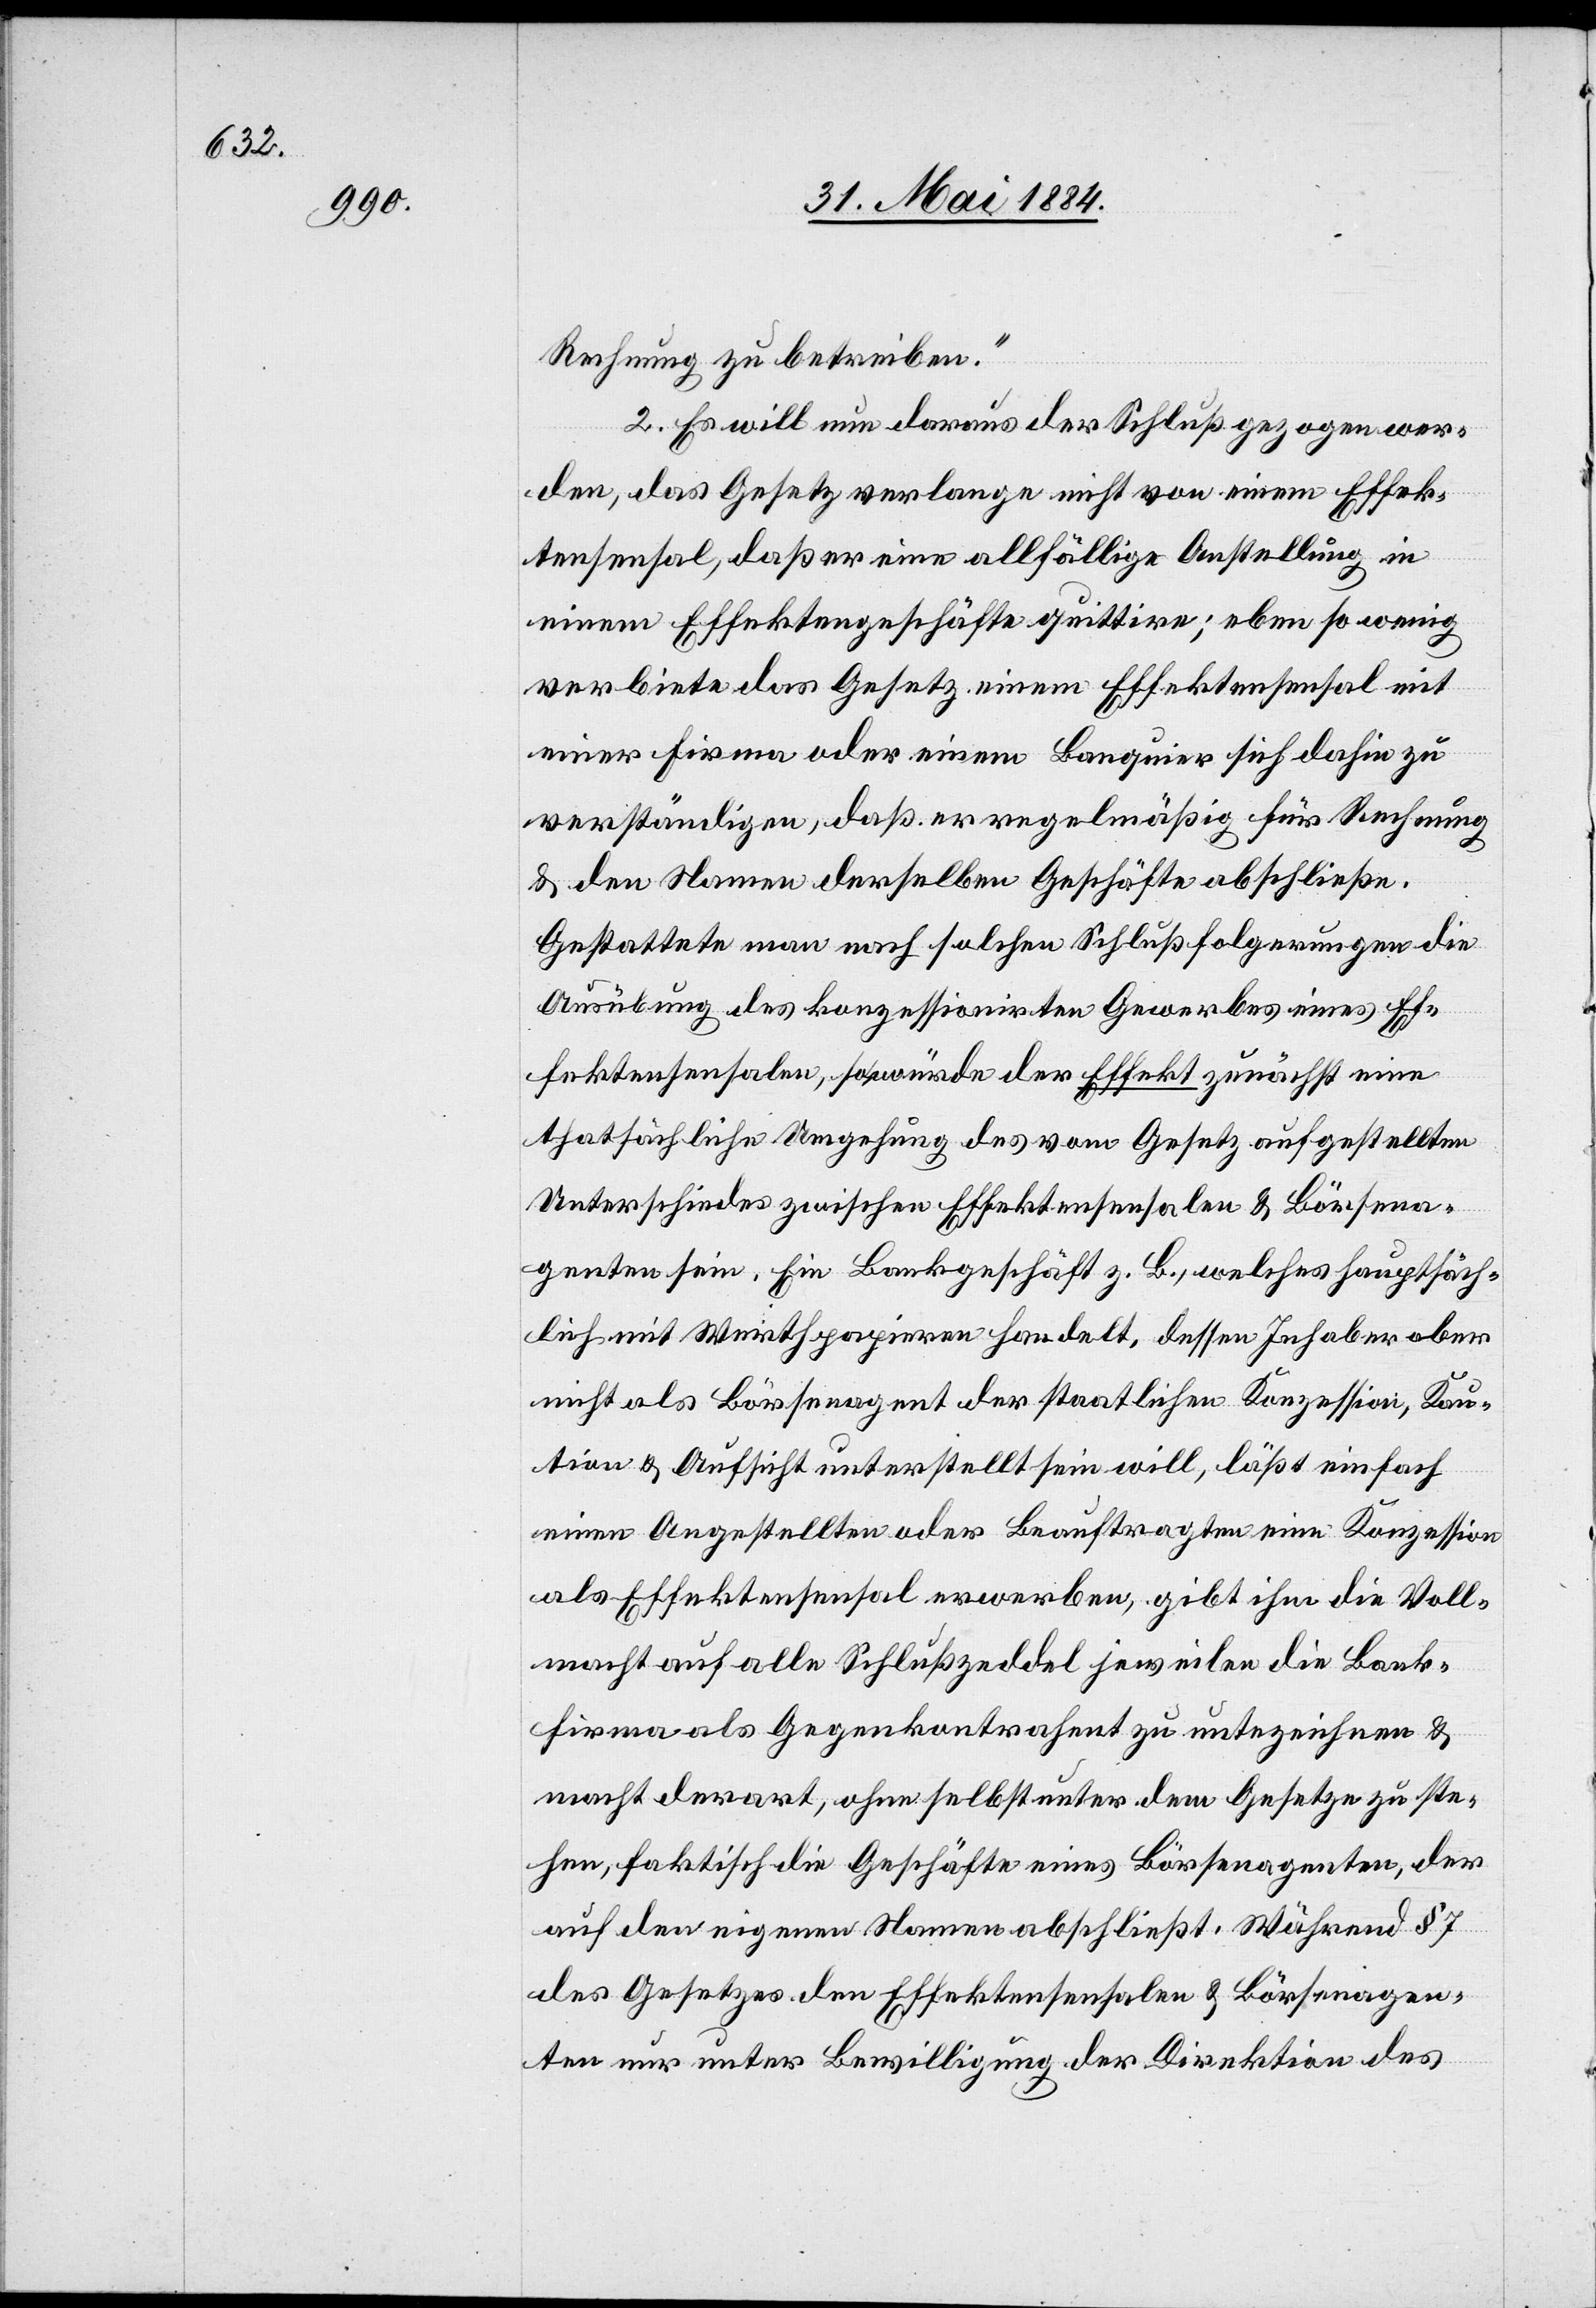
Rechnung zu betreiben.“
2. Es will nun daraus der Schluß gezogen wer¬
den, das Gesetz verlange nicht von einem Effek¬
tensensal, daß er eine allfällige Anstellung in
einem Effektengeschäfte quittire; eben so wenig
verbiete das Gesetz einem Effektensensal mit
einer Firma oder einem Banquier sich dahin zu
verständigen, daß er regelmäßig für Rechnung
& den Namen derselben Geschäfte abschließe.
Gestattete man nach solchen Schlußfolgerungen die
Ausübung des konzessionirten Gewerbes eines Ef¬
fektensensalen, so würde der Effekt zunächst eine
thatsächliche Umgehung des vom Gesetz aufgestellten
Unterschiedes zwischen Effektensensalen & Börsena¬
genten sein. Ein Bankgeschäft z. B., welches hauptsäch¬
lich mit Werthpapieren handelt, dessen Inhaber aber
nicht als Börsenagent der staatlichen Konzession, Kau¬
tion & Aufsicht unterstellt sein will, läßt einfach
einen Angestellten oder Beauftragten eine Konzession
als Effektensensal erwerben, gibt ihm die Voll¬
macht auf alle Schlußzeddel jeweilen die Bank¬
firma als Gegenkontrahent zu unte[r]zeichnen &
macht derart, ohne selbst unter dem Gesetze zu ste¬
hen, faktisch die Geschäfte eines Börsenagenten, der
auf den eigenen Namen abschließt. Während § 7
des Gesetzes den Effektensensalen & Börsenagen¬
ten nur unter Bewilligung der Direktion des